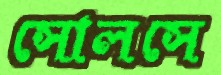
সোলসে